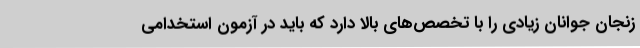
زنجان جوانان زیادی را با تخصص‌های بالا دارد که باید در آزمون استخدامی